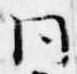
同